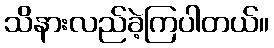
သိနားလည်ခဲ့ကြပါတယ်။